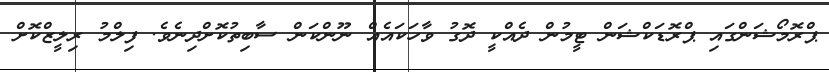
ޕްރޮމޯޝަންގައި ޕްރޮޑަކްޝަން ޓީމުން ދެެއްކީ ދޮގު ވާހަކައެއް ނޫންކަން ސާބިތުކޮށްދިނެވެ. ފިލްމު ރިލީޒްކޮށް